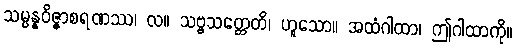
သမ္ပန္နဝိဇ္ဇာစရဏဿ၊ လ။ သဗ္ဗသတ္တေတိ၊ ဟူသော။ အထံဂါထာ၊ ဤဂါထာကို။